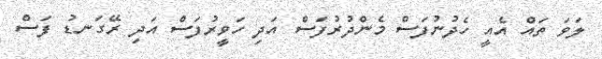
ލަވަ ތައް އެއީ ހެދުނުފަސް މެންދުރުފަސް އަދި ހަވީރުފަސް އަދި ރޭގަނޑު ފަސް